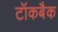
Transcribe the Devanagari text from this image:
टॉकबैक